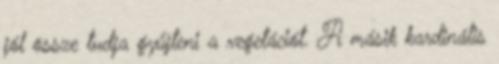
jól össze tudja gyűjteni a vegetációt. A másik kardinális